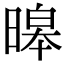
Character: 暤